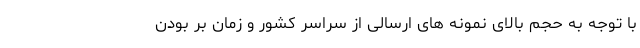
با توجه به حجم بالای نمونه های ارسالی از سراسر کشور و زمان بر بودن